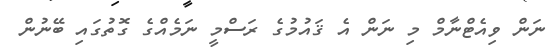
ނަން ވިއެޓްނާމް މި ނަން އެ ޤައުމުގެ ރަސްމީ ނަމެއްގެ ގޮތުގައި ބޭނުން